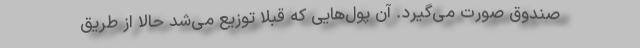
صندوق صورت می‌گیرد. آن پول‌هایی که قبلاً توزیع می‌شد حالا از طریق